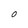
Character: O